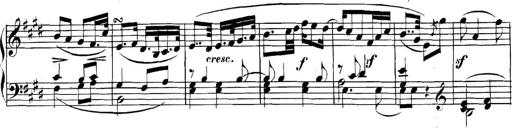
Title: Collected Piano Sonatas
Composer: Muzio Clementi